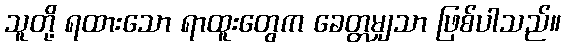
သူတို့ ရထားသော ရာထူးတွေက ခေတ္တမျှသာ ဖြစ်ပါသည်။